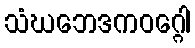
သံဃဘေဒကဝဂ္ဂေါ